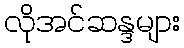
လိုအင်ဆန္ဒများ